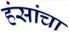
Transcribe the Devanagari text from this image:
हंसांचा